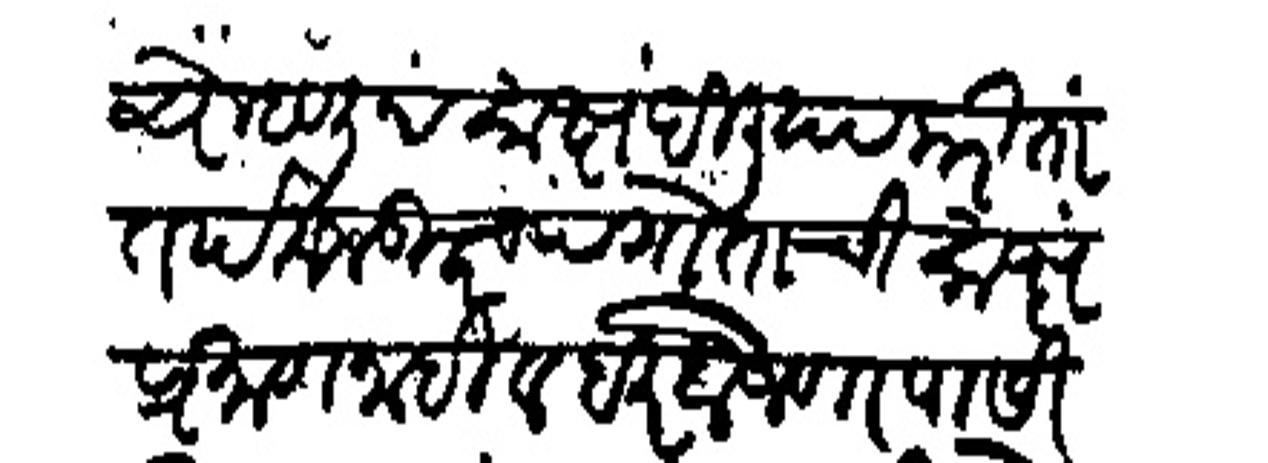
Transliteration (Devanagari): चे म्हणून साक्ष दिली या करीता तर्फ मजकूराच्या गोताची साक्ष प्रमाण नाही हर दो जणा पासी